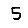
Digit: 5